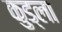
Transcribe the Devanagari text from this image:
कुड्ला